画像に写った文字を読んでください
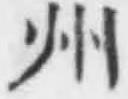
「州」と書いてあります